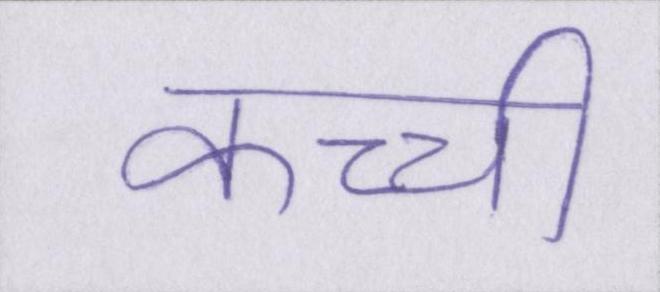
कच्ची